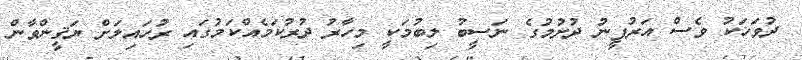
ދުވަހަކު ވެސް އަރުފީނު ދުށުމުގެ ނަސީބު ލިބުމަކީ މިހާރު ދުރުކަމެއްކަމުގައި ރުހައިލަށް ޔަޤީންވާން